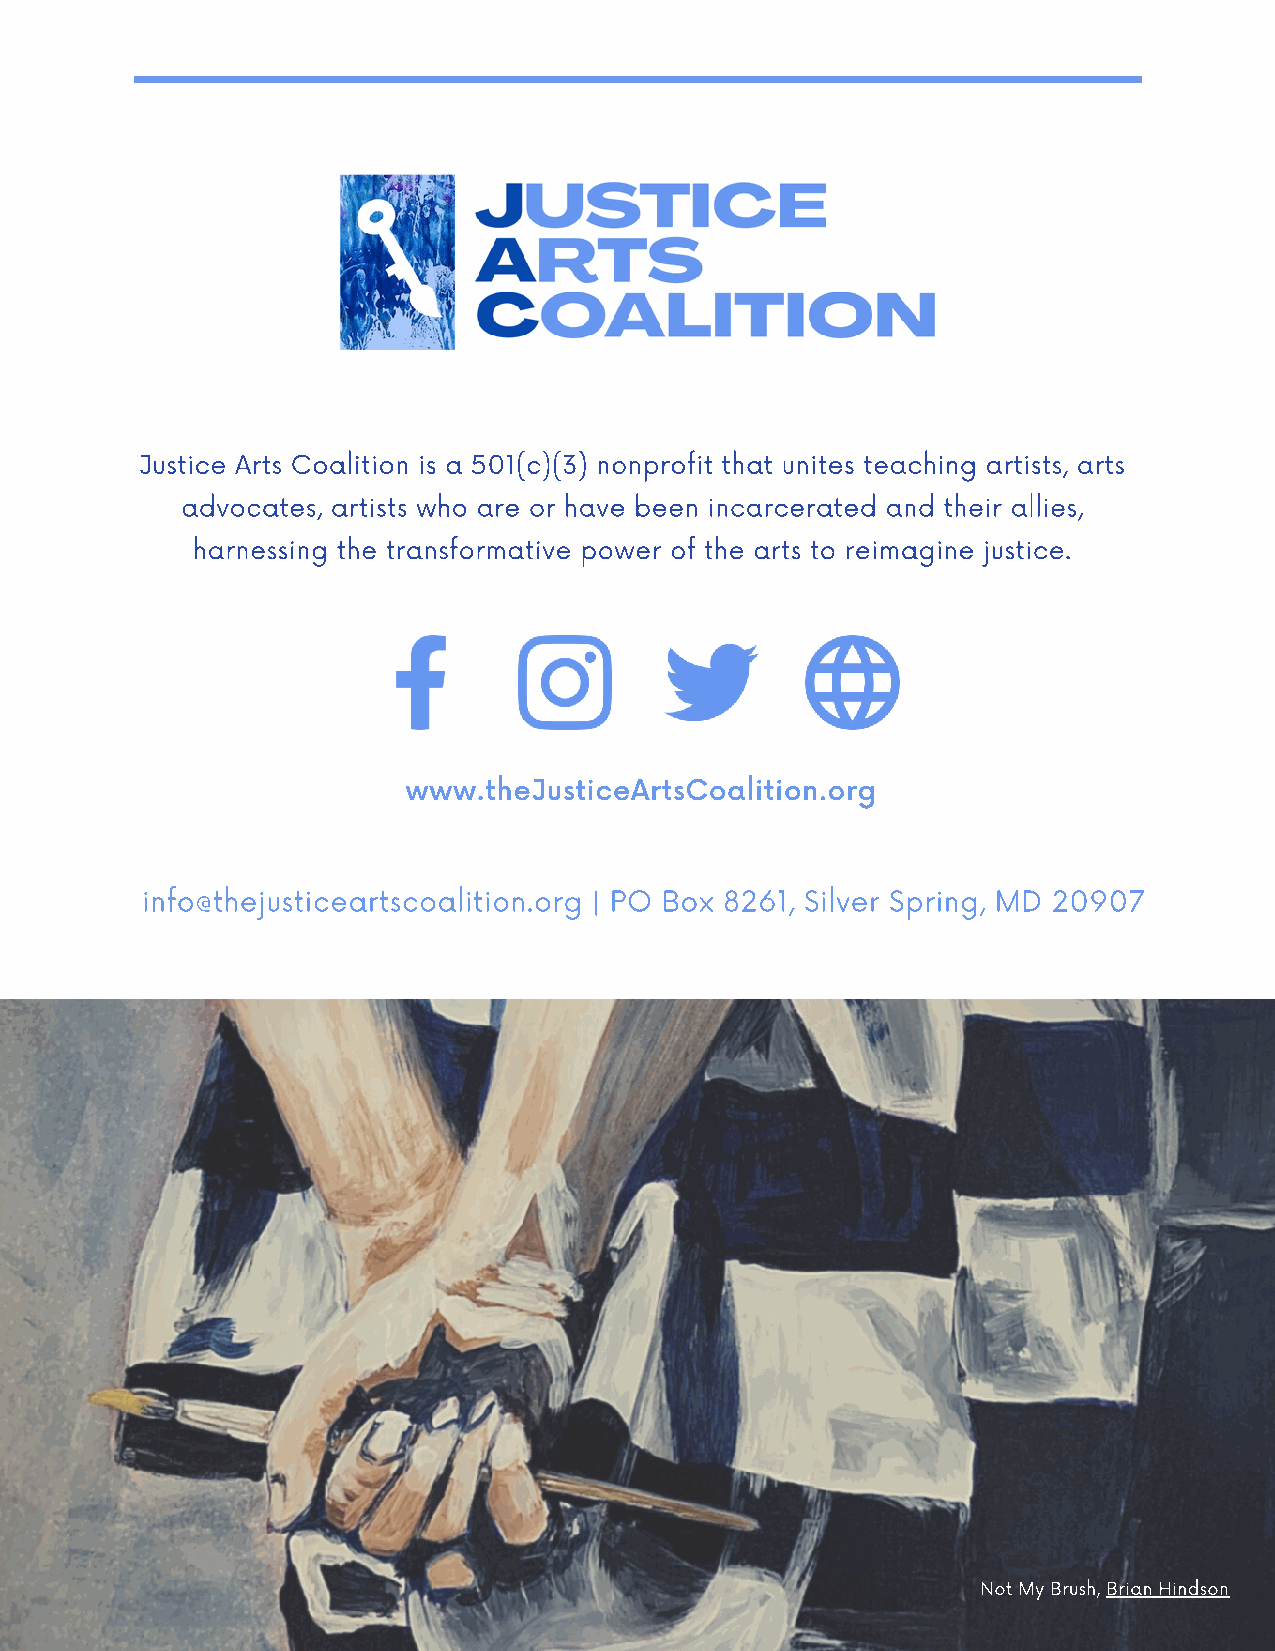
Justice Arts Coalition is a 501(c)(3) nonprofit that unites teaching artists, arts
 advocates, artists who are or have been incarcerated and their allies,
 harnessing the transformative power of the arts to reimagine justice.
 www.theJusticeArtsCoalition.org
 info@thejusticeartscoalition.org | PO Box 8261, Silver Spring, MD 20907
 Not My Brush, Brian Hindson